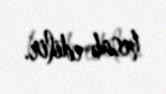
hesab edilir.